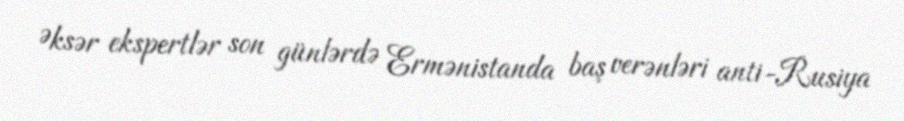
Əksər ekspertlər son günlərdə Ermənistanda baş verənləri anti-Rusiya